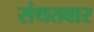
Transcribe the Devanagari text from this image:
संथतवार